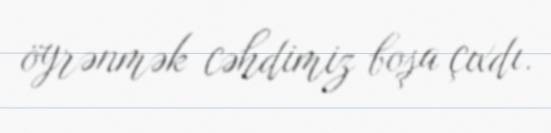
öyrənmək cəhdimiz boşa çıxdı.